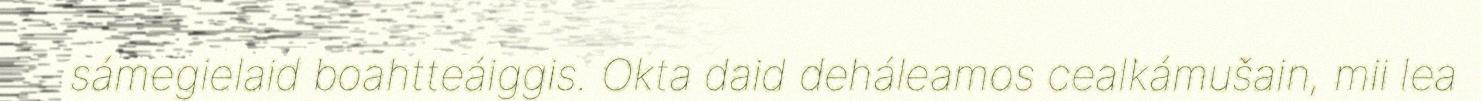
sámegielaid boahtteáiggis. Okta daid deháleamos cealkámušain, mii lea